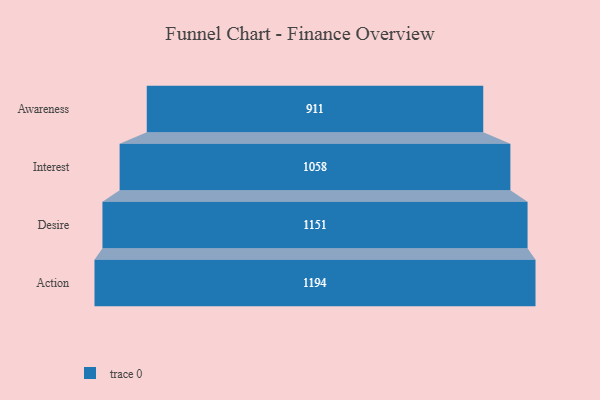
{"axis": {"x": "Stage", "y": "Value"}, "legend": [""], "data": [{"x": "Awareness", "y": 911.0, "type": ""}, {"x": "Interest", "y": 1058.0, "type": ""}, {"x": "Desire", "y": 1151.0, "type": ""}, {"x": "Action", "y": 1194.0, "type": ""}]}